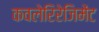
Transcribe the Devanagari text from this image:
कवलेरिरेजिमेंट